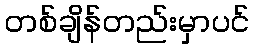
တစ်ချိန်တည်းမှာပင်